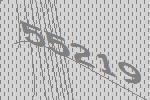
55219